Scientific memoirs by medical officers of the Army of India - Part II,
Year: 1886
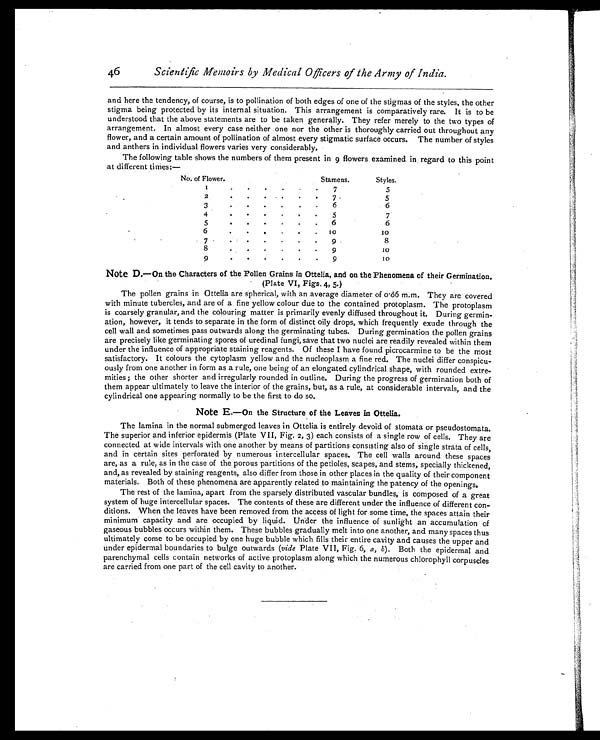
46
Scientific Memoirs by Medical Officers of the Army of India.
and here the tendency, of course, is to pollination of both edges of one of the stigmas of the styles, the other
stigma being protected by its internal situation. This arrangement is comparatively rare. It is to be
understood that the above statements are to be taken generally. They refer merely to the two types of
arrangement. In almost every case neither one nor the other is thoroughly carried out throughout any
flower, and a certain amount of pollination of almost every stigmatic surface occurs. The number of styles
and anthers in individual flowers varies very considerably.
The following table shows the numbers of them present in 9 flowers examined in regard to this point
at different times:—
No. of Plower.
Stamens.
Styles.
1 .
.
. . .
7
5
2
. . . . .
7
5
3
. . . . .
6
6
. 4
. . . . .
5
7
5
. . . . .
6
6
6
.
. . .
.
1 0
10
7
. . . . .
9
8
8
. . . . .
9
1 0
9
. . .
.
.
9
10
Note D.—On the Characters of the Pollen Grains in Ottelia, and on the Phenomena of their Germination.
(Plate VI, Figs. 4, 5.)
The pollen grains in Ottelia are spherical, with an average diameter of 0.66 m.m. They are covered
with minute tubercles, and are of a fine yellow colour due to the contained protoplasm. The protoplasm
is coarsely granular, and the colouring matter is primarily evenly diffused throughout it. During germin-
ation, however, it tends to separate in the form of distinct oily drops, which frequently exude through the
cell wall and sometimes pass outwards along the germinating tubes. During germination the pollen grains
are precisely like germinating spores of uredinal fungi, save that two nuclei are readily revealed within them
under the influence of appropriate staining reagents. Of these I have found picrocarmine to be the most
satisfactory. It colours the cytoplasm yellow and the nucleoplasm a fine red. The nuclei differ conspicu-
ously from one another in form as a rule, one being of an elongated cylindrical shape, with rounded extre-
mities; the other shorter and irregularly rounded in outline. During the progress of germination both of
them appear ultimately to leave the interior of the grains, but, as a rule, at considerable intervals, and the
cylindrical one appearing normally to be the first to do so.
Note E.—On the Structure of the Leaves in Ottelia.
The lamina in the normal submerged leaves in Ottelia is entirely devoid of stomata or pseudostomata.
The superior and inferior epidermis (Plate VII, Fig. 2, 3) each consists of a single row of cells. They are
connected at wide intervals with one another by means of partitions consisting also of single strata of cells,
and in certain sites perforated by numerous intercellular spaces. The cell walls around these spaces
are, as a rule, as in the case of the porous partitions of the petioles, scapes, and stems, specially thickened,
and, as revealed by staining reagents, also differ from those in other places in the quality of their component
materials. Both of these phenomena are apparently related to maintaining the patency of the openings.
The rest of the lamina, apart from the sparsely distributed vascular bundles, is composed of a great
system of huge intercellular spaces. The contents of these are different under the influence of different con-
ditions. When the leaves have been removed from the access of light for some time, the spaces attain their
minimum capacity and are occupied by liquid. Under the influence of sunlight an accumulation of
gaseous bubbles occurs within them. These bubbles gradually melt into one another, and many spaces thus
ultimately come to be occupied by one huge bubble which fills their entire cavity and causes the upper and
under epidermal boundaries to bulge outwards (vide Plate VII, Fig. 6, a, b).B o t h t h e e p i d e r m a l a n d
parenchymal cells contain networks of active protoplasm along which the numerous chlorophyll corpuscles
are carried from one part of the cell cavity to another.